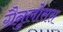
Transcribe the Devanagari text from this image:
ग्रैनुलोसस